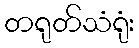
တရုတ်သံရုံး